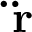
\mathbf { \ddot { r } }